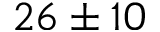
2 6 \pm 1 0